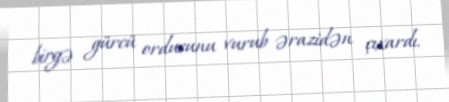
birgə gürcü ordusunu vurub ərazidən çıxardı.